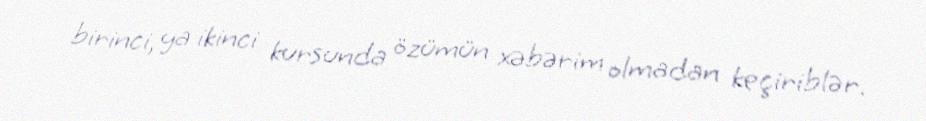
birinci, ya ikinci kursunda özümün xəbərim olmadan keçiriblər.